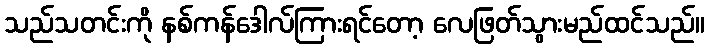
သည်သတင်းကို နစ်ကန်ဒေါလ်ကြားရင်တော့ လေဖြတ်သွားမည်ထင်သည်။